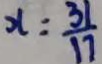
x = \frac { 3 1 } { 1 7 }